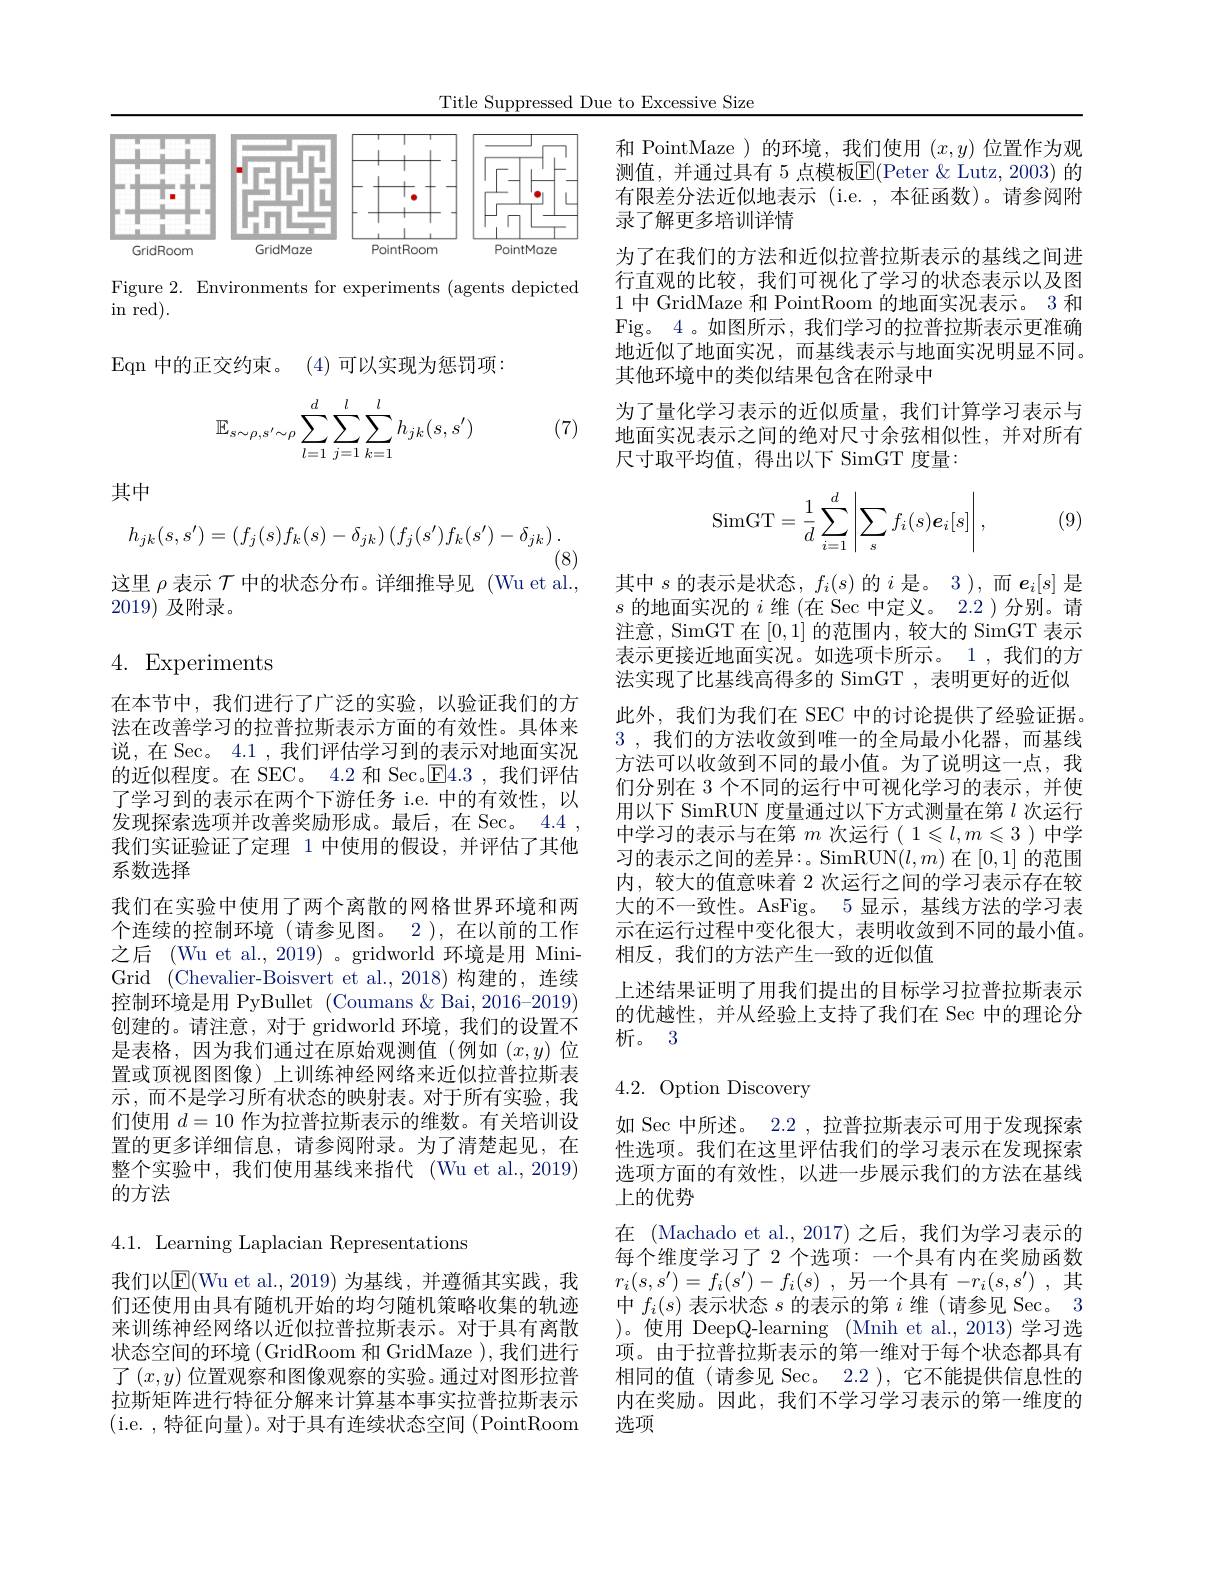
Title Suppressed Due to Excessive Size

<FigureHere>

Figure 2. Environments for experiments (agents depicted
in red).
Eqn 中的正交约束。(4)可以实现为惩罚项：
$$\mathbb{E}_{s\sim\rho,s'\sim\rho}\sum_{l=1}^d\sum_{j=1}^l\sum_{k=1}^lh_{jk}(s,s')$$
(7)

其中
$$h_{jk}(s,s')=(f_j(s)f_k(s)-\delta_{jk})\left(f_j(s')f_k(s')-\delta_{jk}\right).$$
(8)
这里$\rho$表示$\mathcal{T}$中的状态分布。详细推导见(Wu et al.,

2019)及附录。

## 4. Experiments

在本节中，我们进行了广泛的实验，以验证我们的方法在改善学习的拉普拉斯表示方面的有效性。具体来说，在 Sec。4.1 ,我们评估学习到的表示对地面实况的近似程度。在 SEC。4.2 和 Sec.$\boxed{\mathrm{F}}4.3$,我们评估了学习到的表示在两个下游任务 i.e. 中的有效性，以发现探索选项并改善奖励形成。最后，在 Sec。4.4 , 我们实证验证了定理 1 中使用的假设，并评估了其他系数选择
我们在实验中使用了两个离散的网格世界环境和两个连续的控制环境(请参见图。2),在以前的工作之后 (Wu et al., 2019) 。gridworld 环境是用 MiniGrid (Chevalier-Boisvert et al.,2018)构建的，连续控制环境是用 PyBullet (Coumans & Bai, 2016-2019) 创建的。请注意，对于 gridworld 环境，我们的设置不是表格，因为我们通过在原始观测值(例如$(x,y)$位置或顶视图图像)上训练神经网络来近似拉普拉斯表示，而不是学习所有状态的映射表。对于所有实验，我们使用$d=10$作为拉普拉斯表示的维数。有关培训设置的更多详细信息，请参阅附录。为了清楚起见，在整个实验中，我们使用基线来指代 (Wu et al.,2019) 的方法

4.1. Learning Laplacian Representations

我们以E(Wu et al.,2019)为基线，并遵循其实践，我们还使用由具有随机开始的均匀随机策略收集的轨迹来训练神经网络以近似拉普拉斯表示。对于具有离散状态空间的环境(GridRoom 和 GridMaze ),我们进行了$(x,y)$位置观察和图像观察的实验。通过对图形拉普拉斯矩阵进行特征分解来计算基本事实拉普拉斯表示( i. e. , 特 征 向 量 ) 。对 于 具 有 连 续 状 态 空 间 ( PointRoom

和 PointMaze )的环境，我们使用$(x,y)$位置作为观测值，并通过具有 5 点模板$\overline{\mathrm{E}}($Peter &Lutz,2003)的有限差分法近似地表示 (i.e. ,本征函数)。请参阅附录了解更多培训详情
为了在我们的方法和近似拉普拉斯表示的基线之间进行直观的比较，我们可视化了学习的状态表示以及图1中 GridMaze 和 PointRoom 的地面实况表示。3 和Fig。4 。如图所示，我们学习的拉普拉斯表示更准确地近似了地面实况，而基线表示与地面实况明显不同。其他环境中的类似结果包含在附录中
为了量化学习表示的近似质量，我们计算学习表示与地面实况表示之间的绝对尺寸余弦相似性，并对所有尺寸取平均值，得出以下 SimGT 度量：

, (9)
$$\mathrm{SimGT}=\frac{1}{d}\sum_{i=1}^{d}\left|\sum_{s}f_{i}(s)\boldsymbol{e}_{i}[s]\right|,$$
其中$s$的表示是状态，$f_i(s)$的$i$是。3 ),而$e_i[s]$是$s$ 的地面实况的$i$ 维 (在 Sec 中定义。2.2)分别。请注意，SimGT 在[0,1]的范围内，较大的 SimGT 表示表示更接近地面实况。如选项卡所示。1,我们的方法实现了比基线高得多的 SimGT , 表明更好的近似此外，我们为我们在 SEC 中的讨论提供了经验证据。3 ,我们的方法收敛到唯一的全局最小化器，而基线方法可以收敛到不同的最小值。为了说明这一点，我们分别在 3 个不同的运行中可视化学习的表示，并使用以下 SimRUN 度量通过以下方式测量在第$l$次运行中学习的表示与在第$m$次运行( 1$\leqslant l,m\leqslant3$ )中学习的表示之间的差异：。SimRUN$(l,m)$在[0,1]的范围内，较大的值意味着 2 次运行之间的学习表示存在较大的不一致性。AsFig。5 显示，基线方法的学习表示在运行过程中变化很大，表明收敛到不同的最小值。相反，我们的方法产生一致的近似值
上述结果证明了用我们提出的目标学习拉普拉斯表示的优越性，并从经验上支持了我们在 Sec 中的理论分析。3

## 4.2. Option Discovery

如 Sec 中所述。2.2 , 拉普拉斯表示可用于发现探索性选项。我们在这里评估我们的学习表示在发现探索选项方面的有效性，以进一步展示我们的方法在基线上的优势
在 (Machado et al.,2017) 之后，我们为学习表示的每个维度学习了 2 个选项：一个具有内在奖励函数$r_i( s, s^{\prime }) = f_i( s^{\prime }) - f_i( s)$ , 另一个具有$- r_i( s, s^{\prime })$ ,其中$f_i(s)$表示状态$s$的表示的第$i$维 (请参见 Sec。3 )。使用 DeepQ-learning (Mnih et al., 2013) 学习选项。由于拉普拉斯表示的第一维对于每个状态都具有相同的值(请参见 Sec。2.2 ),它不能提供信息性的内在奖励。因此，我们不学习学习表示的第一维度的选项